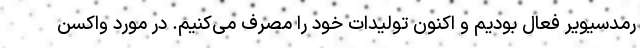
رمدسیویر فعال بودیم و اکنون تولیدات خود را مصرف می‌کنیم. در مورد واکسن